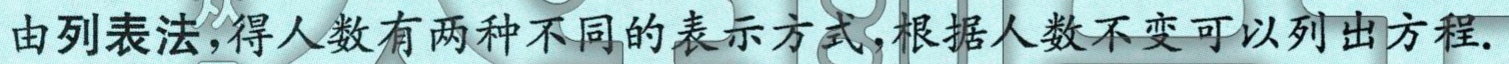
由列表法,得人数有两种不同的表示方式,根据人数不变可以列出方程.